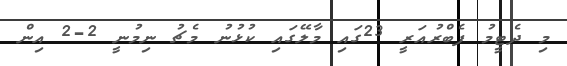
މި ދެޓީމު ފެބްރުއަރީ 23ގައި މާލޭގައި ކުޅުނު މެޗު ނިމުނީ 2-2 އިން